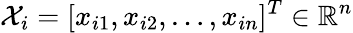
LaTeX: \mathcal{X}_{i}=[x_{i1},x_{i2},\ldots,x_{in}]^{T}\in\mathbb{R}^{n}